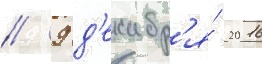
// 9 д'екабр'я́ 2016